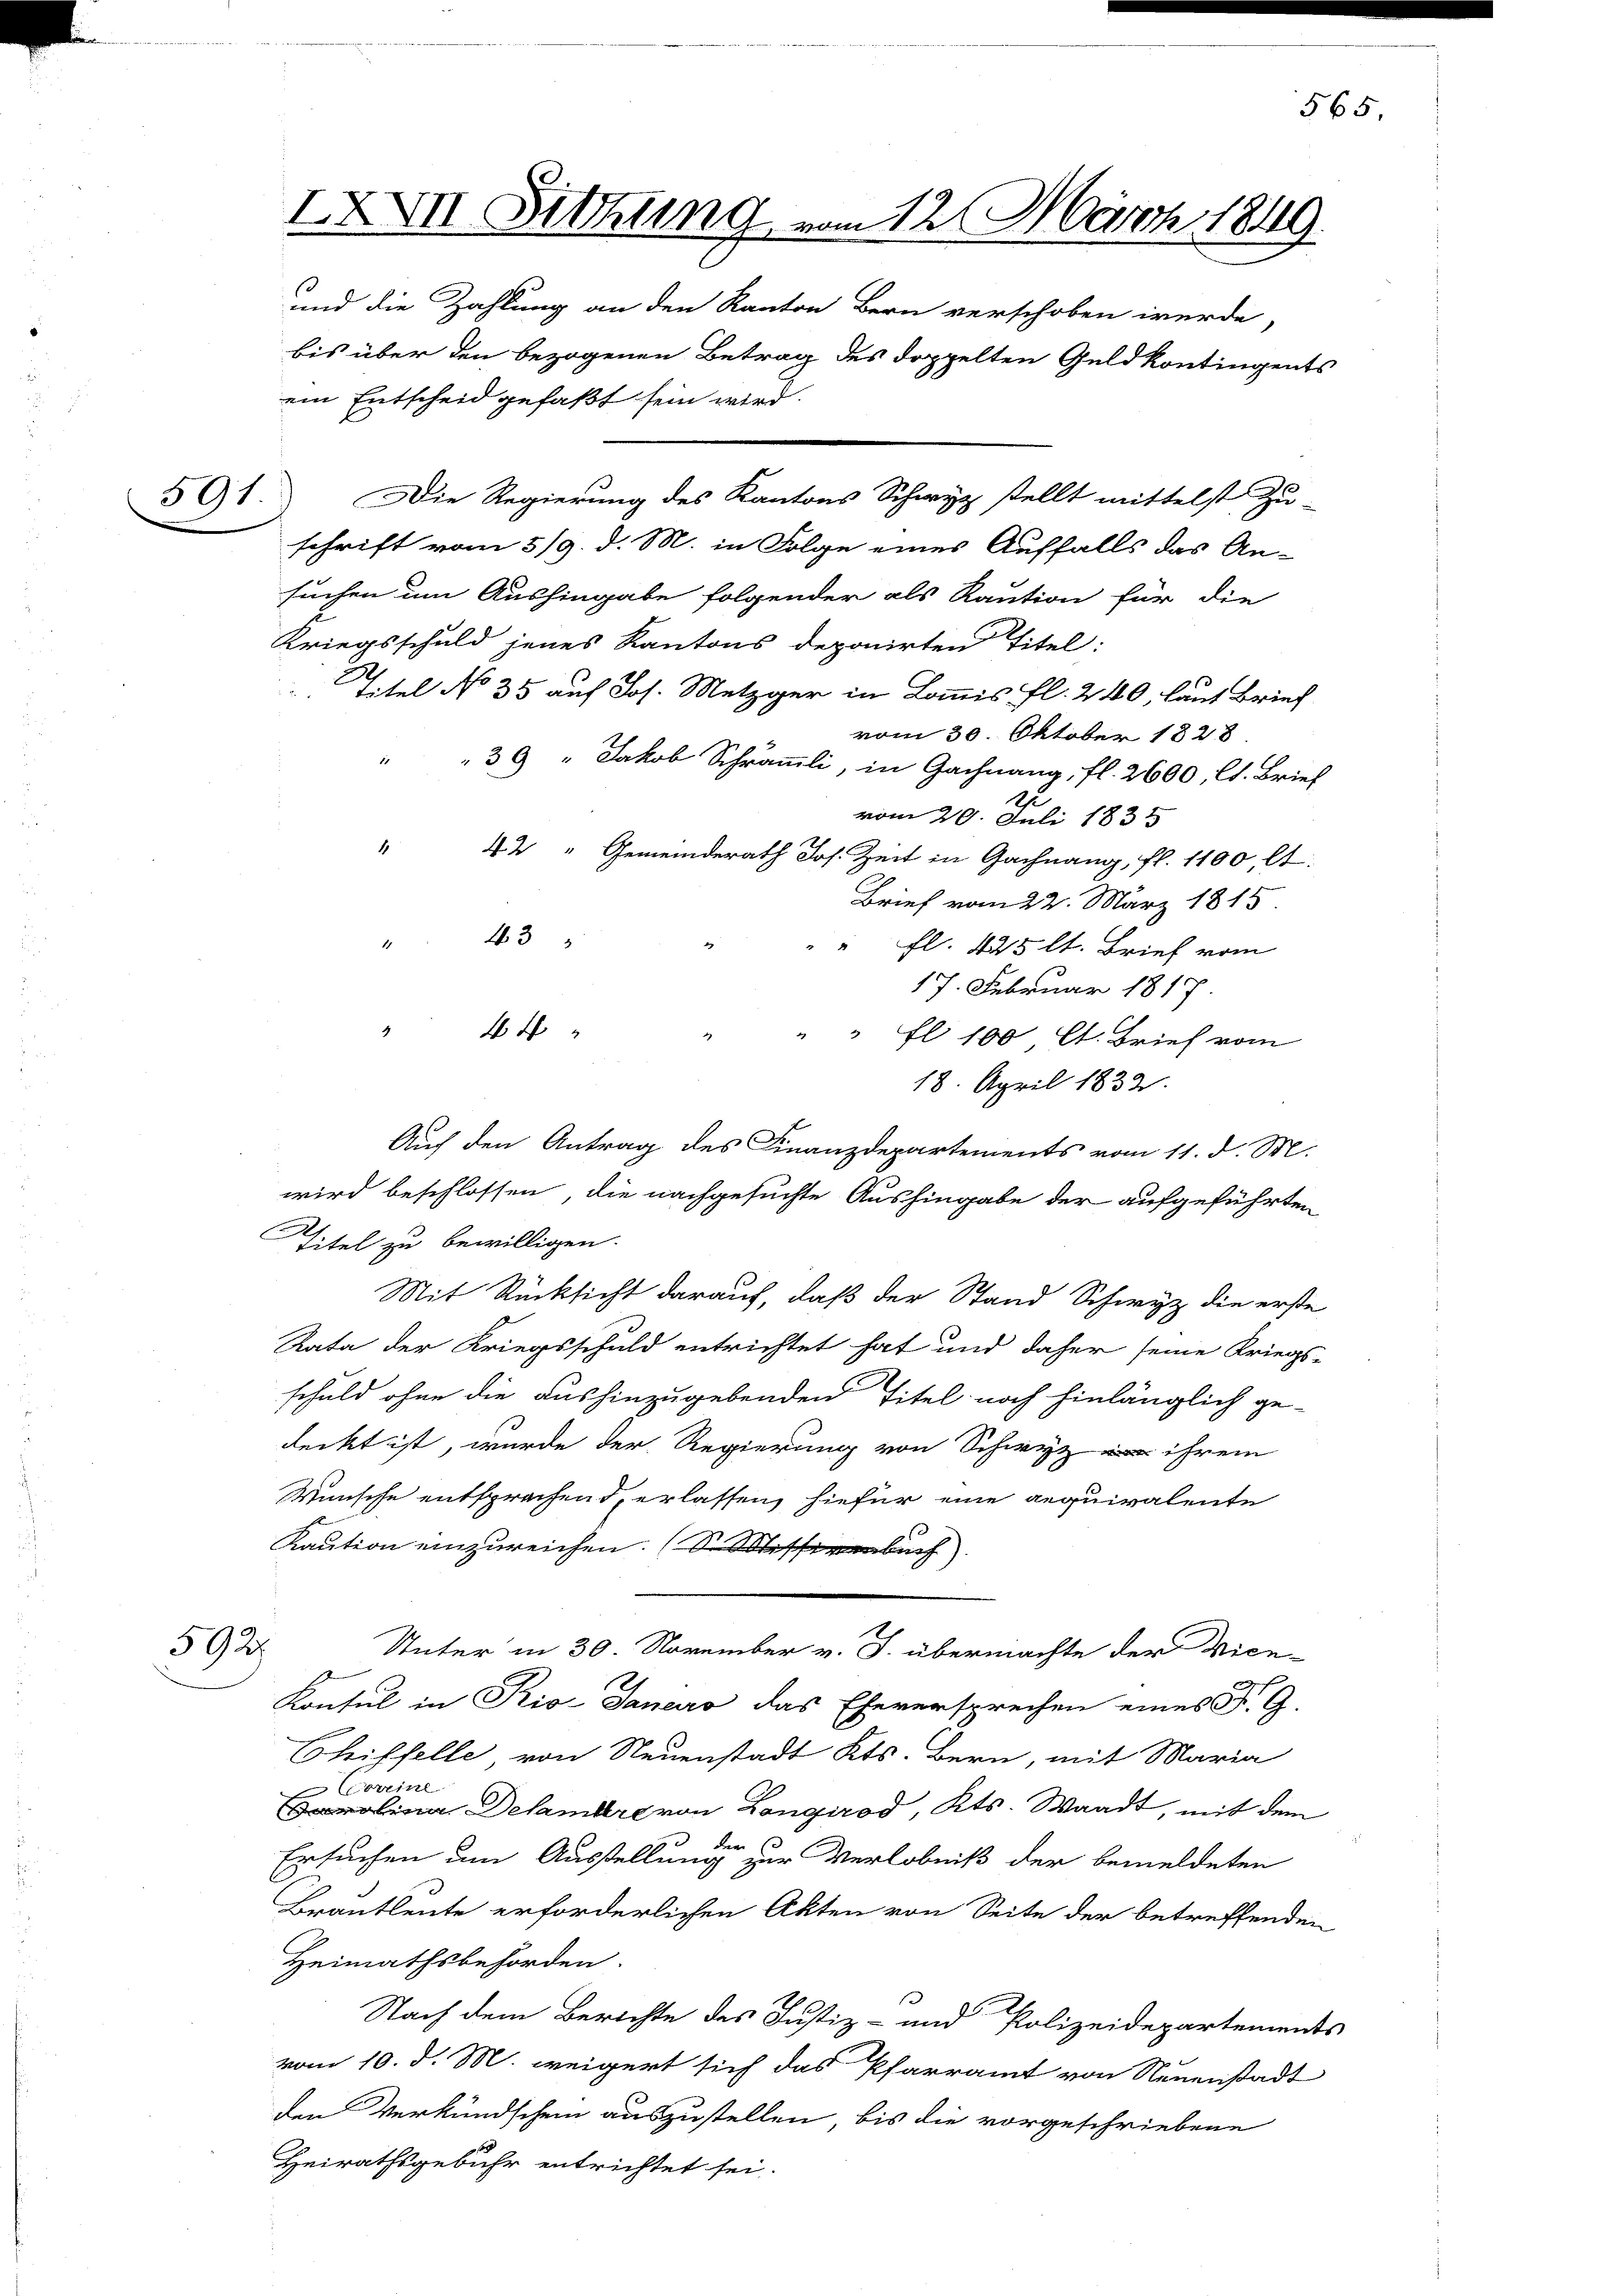
591.

592.

IXXVII Sitzung vom 12. März 1849.

und die Zahlung an den Kanton Bern verschoben werde,
bis über den bezogenen Betrag des doppelten Geld kontingents
ein Entscheid gefaßt sein wird.
Die Regierung des Kantons Schwyz stellt mittelst Zu-
schrift vom 5/9. d. M. in Folge eines Auffalls das An-
suchen um Aushingabe folgender als Raution für die
Kriegsschuld jenes Kantons deponirten Titel:
2
titel No 35 auf Jos. Metzger in Kommis fl. 240, laut Brief
vom 30. Oktober 1828.
1
39 " Jakob Schrämli, in Gachnang, fl. 2600, lt. Brief
.
vom 20. Juli 1835
4
42 " Gemeinderath Jos. Zeit in Gachnang, fl. 1100 lt.
Brief vom 22. März 1815
" 43
" fl. 425 lt. Brief vom
17. Februar 1817
" " fl 100 Ct. Brief vom
18. April 1832.
Auch den Antrag des Finanzdepartements vom 11. d. M.
wird beschlossen, die nachgesuchte Aushingabe der aufgeführten
Titel zu bewilligen.
Mit Rücksicht darauf, daß der Stand Schwyz die erste
Rata der Kriegsschuld entrichtet hat und daher seine Kriegs-
schuld ohne die aushinzugebenden Titel noch hinlänglich ge-
deckt ist, wurde der Regierung von Schwyz ihrem
Wünsche entsprachend, erlassen, hiefür eine requivalente
Kaution einzureichen. (S. Missivenbuch
Unter in 30. November v. J. übermachte der Vice-
Konsul in Pio-Janeiro das Eheversprechen eines Fr. G.
Chiffelle von Neuenstadt Kts. Bern, mit Maria
Coreine
d
arolina Delamare von Longirod, Kts. Waadt, mit dem
der
Ersuchen am Ausstellung zur Verlobniß der bemeldeten
Brautleute erforderlichen Akten von Seite der betreffenden
Heimathsbehörden.
Nach dem Berichte des Justiz- und Polizeidepartement
vom 10. d. M. weigert sich das Pfarramt von Neuenstadt
den Verkundschein auszustellen, bis die vorgeschriebene
Heirathsgebühr entrichtet sei.

4
44

565.